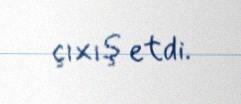
çıxış etdi.